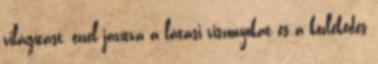
világítást, ezzel javítva a látási viszonyokat és a közlekedés